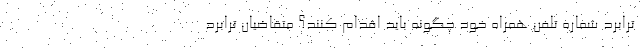
ترابرد شماره تلفن همراه خود چگونه باید اقدام کنند؟ متقاضیان ترابرد